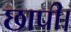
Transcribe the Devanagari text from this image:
छापी।